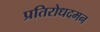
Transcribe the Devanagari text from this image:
प्रतिरोधदमन